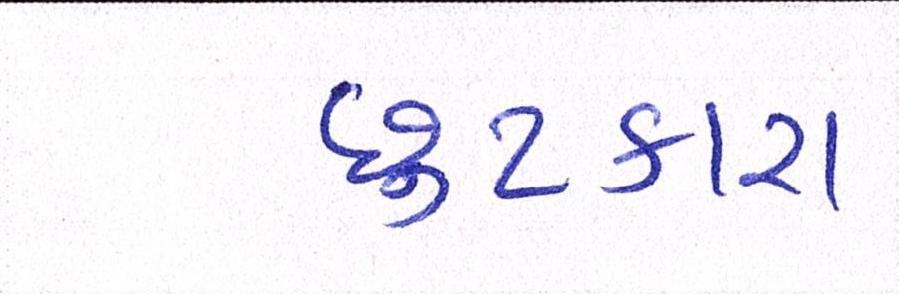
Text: છુટકારા